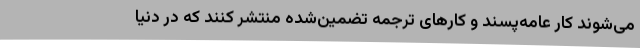
می‌شوند کار عامه‌پسند و کارهای ترجمه تضمین‌شده منتشر کنند که در دنیا